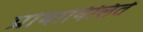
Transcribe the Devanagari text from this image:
प्रोबाविलिते